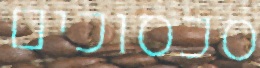
סכסוכים